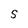
Character: S